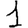
Digit: 1